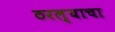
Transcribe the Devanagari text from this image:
ठरल्याचा